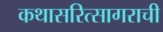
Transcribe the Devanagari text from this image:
कथासरित्सागराची